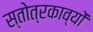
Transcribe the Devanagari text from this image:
स्तोत्रकाव्यों